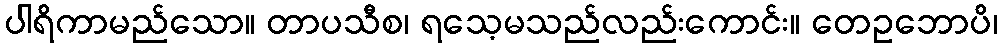
ပါရိကာမည်သော။ တာပသီစ၊ ရသေ့မသည်လည်းကောင်း။ တေဥဘောပိ၊